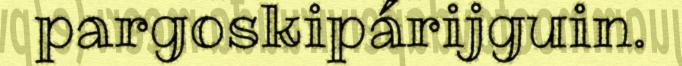
pargoskipárijguin.